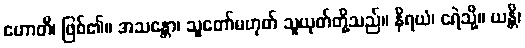
ဟောတိ၊ ဖြစ်၏။ အသန္တော၊ သူတော်မဟုတ် သူယုတ်တို့သည်။ နိရယံ၊ ငရဲသို့။ ယန္တိ၊